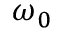
\omega _ { 0 }